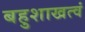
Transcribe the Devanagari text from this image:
बहुशाखत्वं